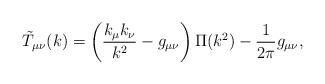
LaTeX: \begin{align*}\tilde{T}_{\mu\nu}(k) = \left( \frac{k_{\mu}k_{\nu}}{k^2} - g_{\mu\nu}\right) \Pi (k^2) -\frac{1}{2\pi}g_{\mu\nu} ,\end{align*}